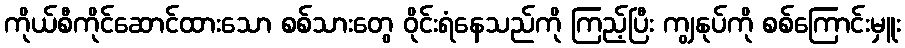
ကိုယ်စီကိုင်ဆောင်ထားသော စစ်သားတွေ ဝိုင်းရံနေသည်ကို ကြည့်ပြီး ကျွနုပ်ကို စစ်ကြောင်းမှူး